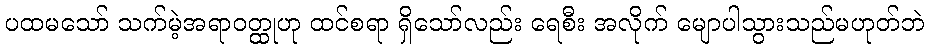
ပထမသော် သက်မဲ့အရာဝတ္ထုဟု ထင်စရာ ရှိသော်လည်း ရေစီး အလိုက် မျောပါသွားသည်မဟုတ်ဘဲ